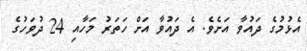
އެޅުމުގެ ދައުވާ އަށެވެ. އެ ދައުވާ އަށް ހަތަރު މަހާއި 24 ދުވަހުގެ